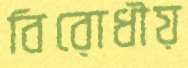
বিরোধীয়